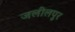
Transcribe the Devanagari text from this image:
जलीलपुर